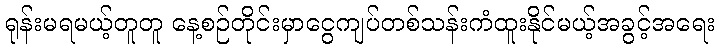
ရုန်းမရမယ့်တူတူ နေ့စဉ်တိုင်းမှာငွေကျပ်တစ်သန်းကံထူးနိုင်မယ့်အခွင့်အရေး